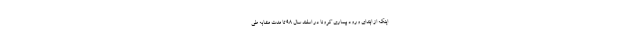
اینکه از ابتدای ورود بیماری کرونا در اسفند سال ۹۸ تا مدت مشابه طی